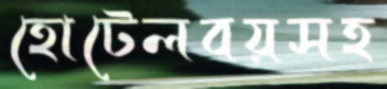
হোটেলবয়সহ